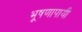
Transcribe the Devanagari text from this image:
भूषणापायी